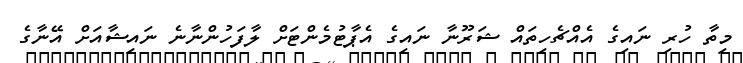
މިތާ ހުރި ނައިގެ އެއްޗެހިތައް ޝަރޫނާ ނައިގެ އެޕާޓުމެންޓަށް ލާފަހުންނާނެ ނައިޝާއަށް އޭނާގެ